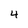
Character: 4